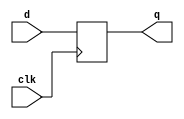
// This program was cloned from: https://github.com/Yvan-xy/verilog-doc
// License: GNU General Public License v2.0

module top_module (
    input clk,    // Clocks are used in sequential circuits
    input d,
    output reg q );//

    // Use a clocked always block
    //   copy d to q at every positive edge of clk
    //   Clocked always blocks should use non-blocking assignments
    always @(posedge clk) begin
        q = d;
    end

endmodule